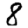
Digit: 8